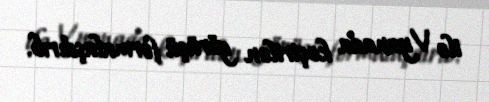
ilə Vyanada keçirilən görüşü formalaşdırıb.